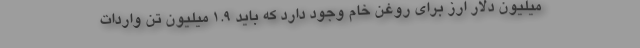
میلیون دلار ارز برای روغن خام وجود دارد که باید ۱.۹ میلیون تن واردات